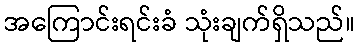
အကြောင်းရင်းခံ သုံးချက်ရှိသည်။